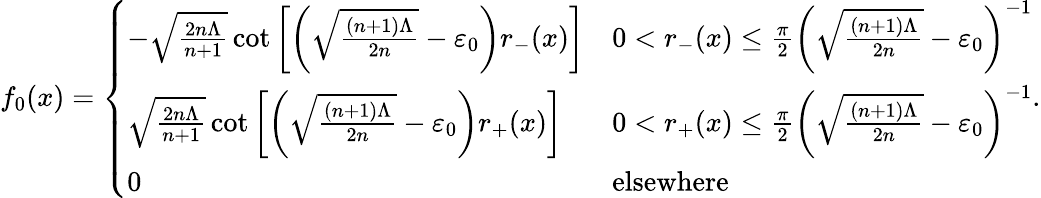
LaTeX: \begin{array}{r}{f_{0}(x)=\left\{ \begin{array}{ll}{-\sqrt{\frac{2n\Lambda}{n+1}}\cot\left[\left(\sqrt{\frac{(n+1)\Lambda}{2n}}-\varepsilon_{0}\right)r_{-}(x)\right]}&{0<r_{-}(x)\le\frac{\pi}{2}\left(\sqrt{\frac{(n+1)\Lambda}{2n}}-\varepsilon_{0}\right)^{-1}}\\ {\sqrt{\frac{2n\Lambda}{n+1}}\cot\left[\left(\sqrt{\frac{(n+1)\Lambda}{2n}}-\varepsilon_{0}\right)r_{+}(x)\right]}&{0<r_{+}(x)\le\frac{\pi}{2}\left(\sqrt{\frac{(n+1)\Lambda}{2n}}-\varepsilon_{0}\right)^{-1}}\\ {0}&{\mathrm{elsewhere}}\end{array}\right..}\end{array}